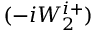
( - i W _ { 2 } ^ { i + } )